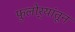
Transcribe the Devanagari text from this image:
फुलोर्‍यांतून